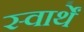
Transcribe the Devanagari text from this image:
स्वार्थें